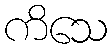
ကိသေ